Scottish Leaving Certificate Examination, 1955
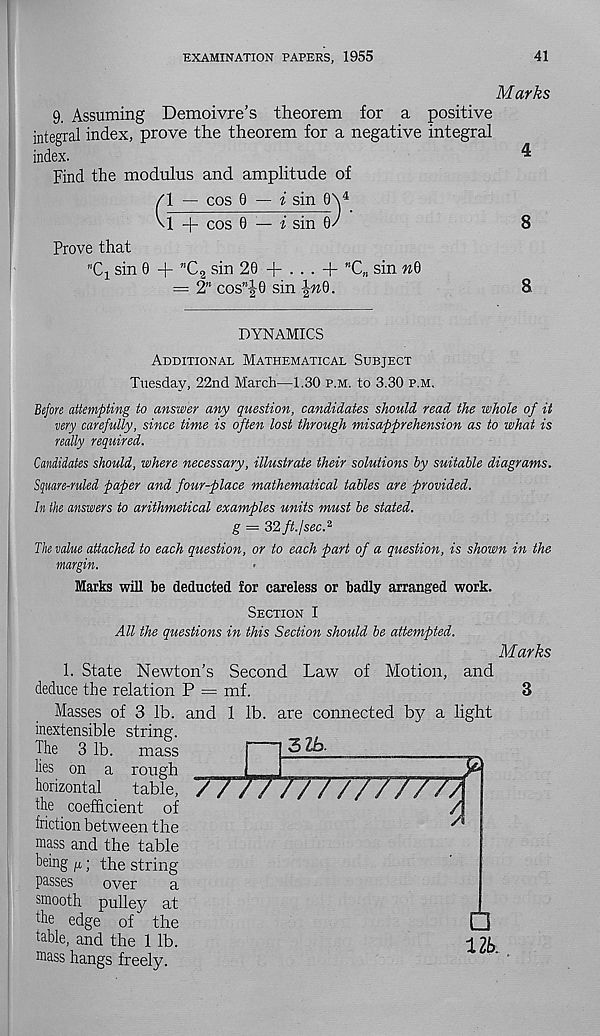
EXAMINATION PAPERS, 1955
41
Marks
9. Assuming Demoivre’s theorem for a positive
integral index, prove the theorem for a negative integral
index.
4
Find the modulus and amplitude of
/l — cos 0 — i sin 0\ 4
M + cos 0 — i sin 0/
8
Prove that
n C 1 sin 0 + m C 2 sin 20 + ... + ”C M sin nQ
= 2" cos”|0 sin |«0.
8.
DYNAMICS
Additional Mathematical Subject
Tuesday, 22nd March—1.30 p.m. to 3.30 p.m.
Before attempting to answer any question, candidates should read the whole of it
very carefully, since time is often lost through misapprehension as to what is
really required.
Candidates should, where necessary, illustrate their solutions by suitable diagrams.
Square-ruled paper and four-place mathematical tables are provided.
In the answers to arithmetical examples units must be stated.
g = 32 ft. I sec. 2
The value attached to each question, or to each part of a question, is shown in the
margin.
Marks will be deducted for careless or badly arranged work.
Section I
All the questions in this Section should be attempted.
Marks
1. State Newton’s Second Law of Motion, and
deduce the relation P = mf.
3
Masses of 3 lb. and 1 lb. are connected by a light
inextensible string.
The 3 lb.
mass
lies on a rough
horizontal
table,
the coefficient of
friction between the
mass and the table
being ; the string
passes
over
a
smooth pulley at
the edge of the
table, and the 1 lb.
fflass hangs freely.
Zlb.
777777777777Z
□
Ub.